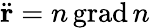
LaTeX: {\ddot{\mathbf{r}}}=n\operatorname{grad}n